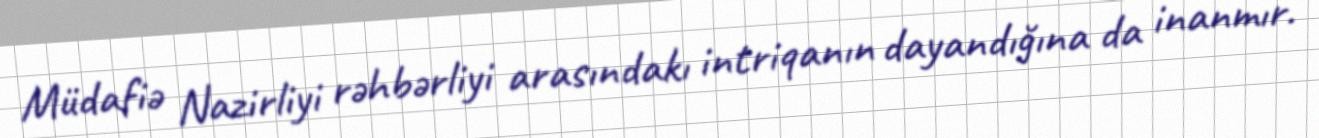
Müdafiə Nazirliyi rəhbərliyi arasındakı intriqanın dayandığına da inanmır.